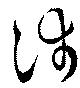
沛